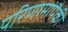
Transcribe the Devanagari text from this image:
परिणामांपैकी